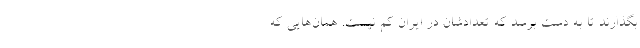
بگذارند تا به دست برسد که تعدادشان در ایران کم نیست. همان‌هایی که